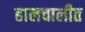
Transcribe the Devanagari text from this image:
हालचालीत